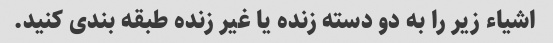
اشیاء زیر را به دو دسته زنده یا غیر زنده طبقه بندی کنید.